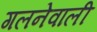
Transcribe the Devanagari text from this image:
गलनेवाली